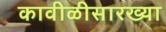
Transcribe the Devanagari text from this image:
कावीळीसारख्या